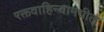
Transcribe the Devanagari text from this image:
रक्तवाहिन्यामधील